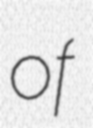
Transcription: of